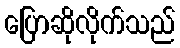
ပြောဆိုလိုက်သည်